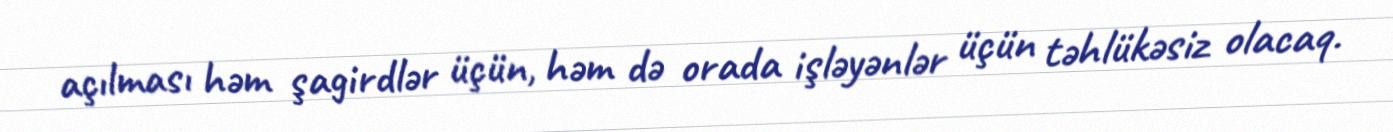
açılması həm şagirdlər üçün, həm də orada işləyənlər üçün təhlükəsiz olacaq.